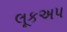
લૂકઅપ